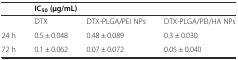
<table><thead><tr><td></td><td colspan="3"><b>IC<sub>50</sub>(μg/mL)</b></td></tr></thead><tbody><tr><td></td><td>DTX</td><td>DTX-PLGA/PEI NPs</td><td>DTX-PLGA/PEI/HA NPs</td></tr><tr><td>24 h</td><td>0.5 ± 0.048</td><td>0.48 ± 0.089</td><td>0.3 ± 0.030</td></tr><tr><td>72 h</td><td>0.1 ± 0.062</td><td>0.07 ± 0.072</td><td>0.05 ± 0.040</td></tr></tbody></table>